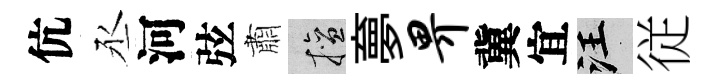
伉丞河弦肅擅夣畀冀宜汪従